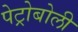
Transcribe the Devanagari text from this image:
पेट्रोबोली